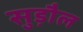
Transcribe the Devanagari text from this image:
सुड़ौल